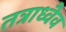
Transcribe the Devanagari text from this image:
तत्राध्वैव